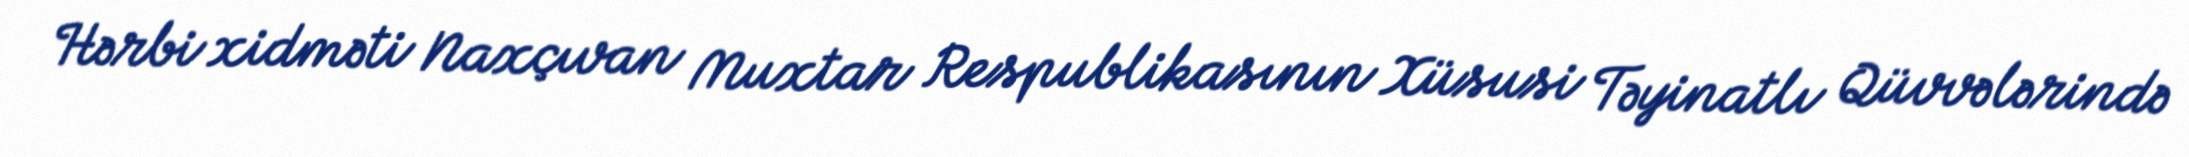
Hərbi xidməti Naxçıvan Muxtar Respublikasının Xüsusi Təyinatlı Qüvvələrində